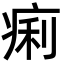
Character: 痢